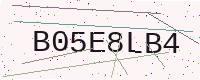
Text: B05E8LB4